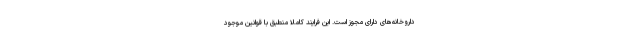
داروخانه‌های دارای مجوز است. این فرایند کاملا منطبق با قوانین موجود